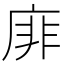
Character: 䨾